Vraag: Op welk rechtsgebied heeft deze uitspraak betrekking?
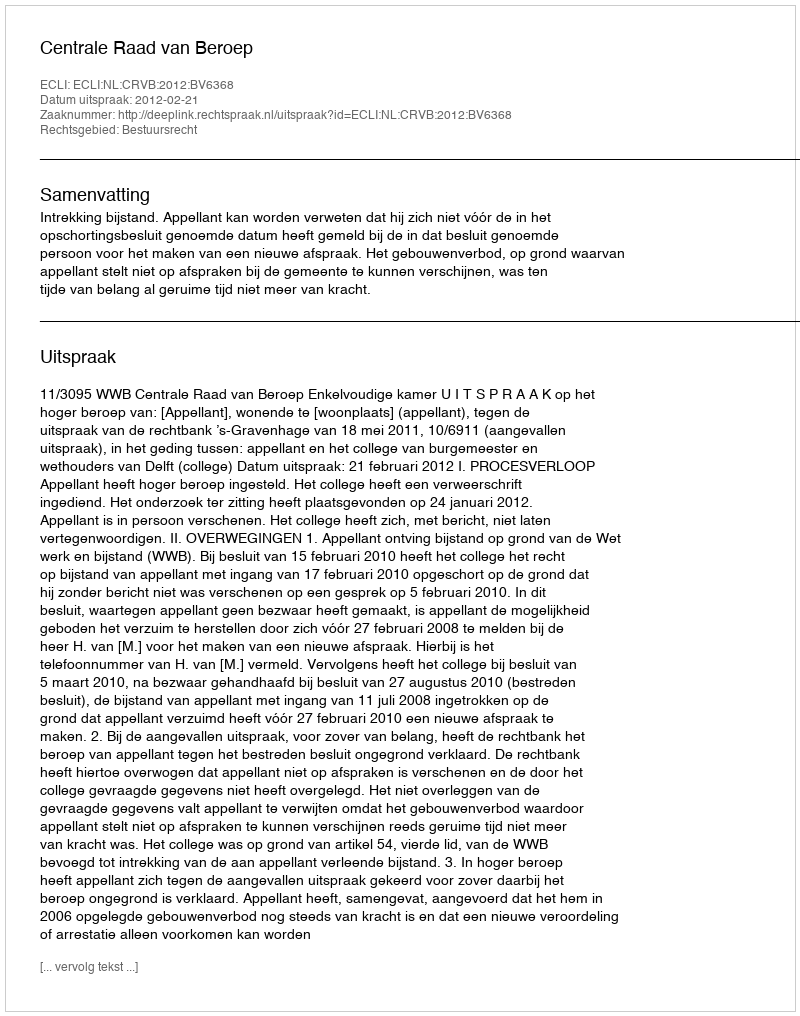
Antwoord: Bestuursrecht